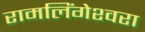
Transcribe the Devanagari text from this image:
रामलिंगेश्‍वरा